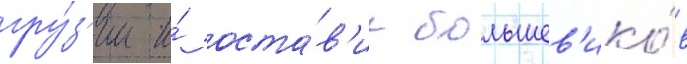
гру́з'ии и́ оста́в'ил большев'ико́в